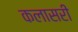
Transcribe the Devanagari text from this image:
कलासरी